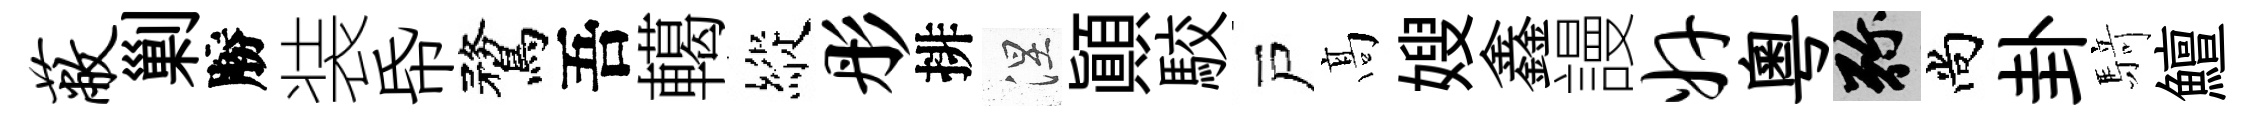
蔽剿勝装帋鶩吾轕縱彤排涅顚駮戸髙嫂鑫謾奸粵弥尚卦𮪍鱣